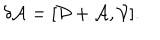
LaTeX: \delta \mathcal { A } = [ \mathcal { D } + \mathcal { A } , \mathcal { V } ] .